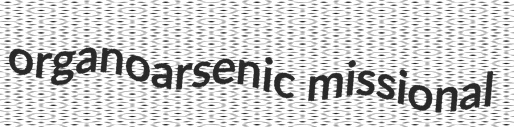
organoarsenic missional